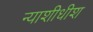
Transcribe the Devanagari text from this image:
न्‍याशीधीश